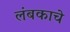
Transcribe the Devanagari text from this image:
लंबकाचे